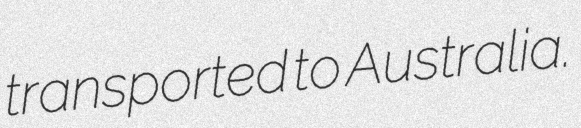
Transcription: transported to Australia.